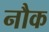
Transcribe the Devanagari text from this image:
नौक